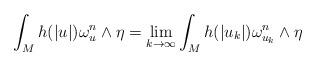
LaTeX: \begin{align*}\int_M h(|u|)\omega_u^n\wedge \eta=\lim_{k\rightarrow \infty}\int_M h(|u_k|)\omega_{u_k}^n\wedge \eta\end{align*}